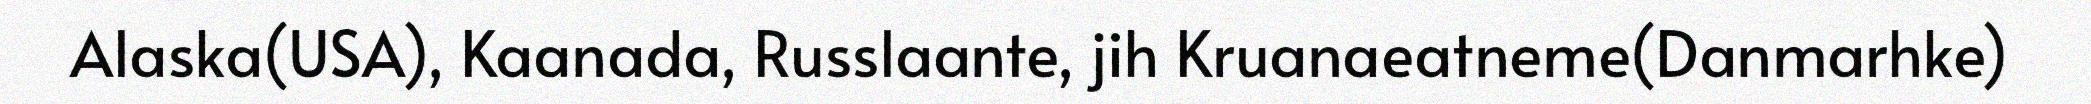
Alaska(USA), Kaanada, Russlaante, jih Kruanaeatneme(Danmarhke)